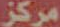
مركز